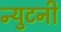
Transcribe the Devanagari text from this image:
न्युटनी